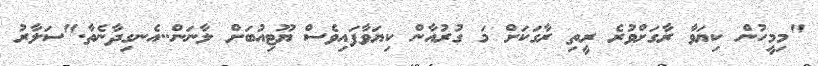
"މިމީހުން ކިޔަވާ ރާގަށްވުރެ ރީތި ރާގަކަށް މަ ގުރުއާން ކިޔަވާފައިވެސް ޔޫޓިއުބަށް ލާނަން..އެނގިދާނެތާ."ސަލާރު